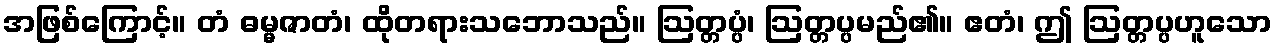
အဖြစ်ကြောင့်။ တံ ဓမ္မဇာတံ၊ ထိုတရားသဘောသည်။ ဩတ္တပ္ပံ၊ ဩတ္တပ္ပမည်၏။ ဧတံ၊ ဤ ဩတ္တပ္ပဟူသော